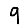
Digit: 9